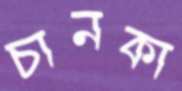
চানকা